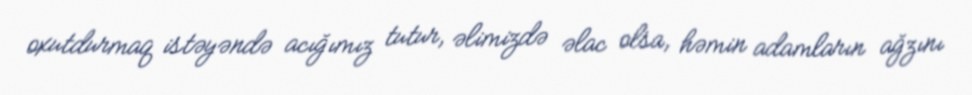
oxutdurmaq istəyəndə acığımız tutur, əlimizdə əlac olsa, həmin adamların ağzını